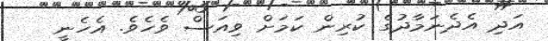
އަދި އެދެނަމާދުގެ ކުރިން ކަމަށް ވިއަސް ވެހެވެ. އެހެނީ